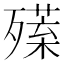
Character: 𣩣